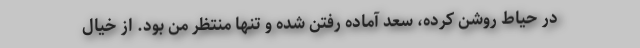
در حیاط روشن کرده، سعد آماده رفتن شده و تنها منتظر من بود. از خیال